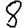
Digit: 8